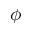
\phi